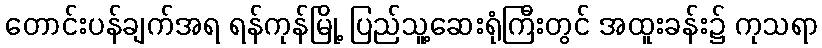
တောင်းပန်ချက်အရ ရန်ကုန်မြို့ ပြည်သူ့ဆေးရုံကြီးတွင် အထူးခန်း၌ ကုသရာ